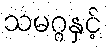
သမဂ္ဂနှင့်